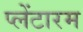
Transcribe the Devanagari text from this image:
प्लेंटारम